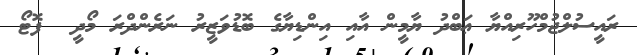
ރައީސުލްޖުމްހޫރިއްޔާ ޢަބްދު ޔާމީން އާއި އިންޑިޔާގެ ބޮޑުވަޒީރު ނަރެންދްރަ މޯދީ  ފޮޓޯ